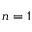
n = 1